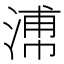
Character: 𣹷